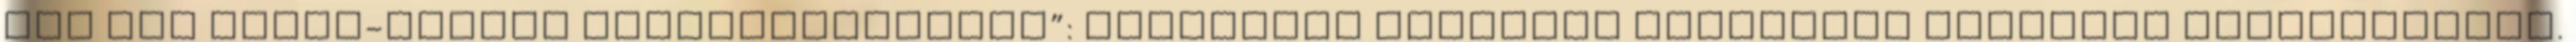
még egy rajna-völgyi „ékszerdobozban”: Oberwesel falakkal körülvett műemléki központjában.